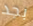
بجد